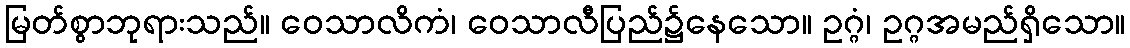
မြတ်စွာဘုရားသည်။ ဝေသာလိကံ၊ ဝေသာလီပြည်၌နေသော။ ဥဂ္ဂံ၊ ဥဂ္ဂအမည်ရှိသော။